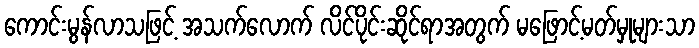
ကောင်းမွန်လာသဖြင့် အသက်လောက် လိင်ပိုင်းဆိုင်ရာအတွက် မဖြောင့်မတ်မှုများသာ